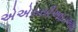
એએસસીઆઇઆઇ